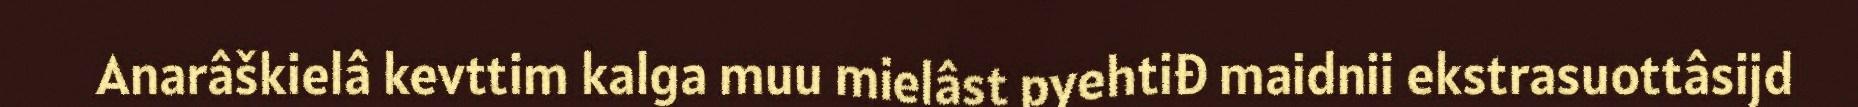
Anarâškielâ kevttim kalga muu mielâst pyehtiđ maidnii ekstrasuottâsijd